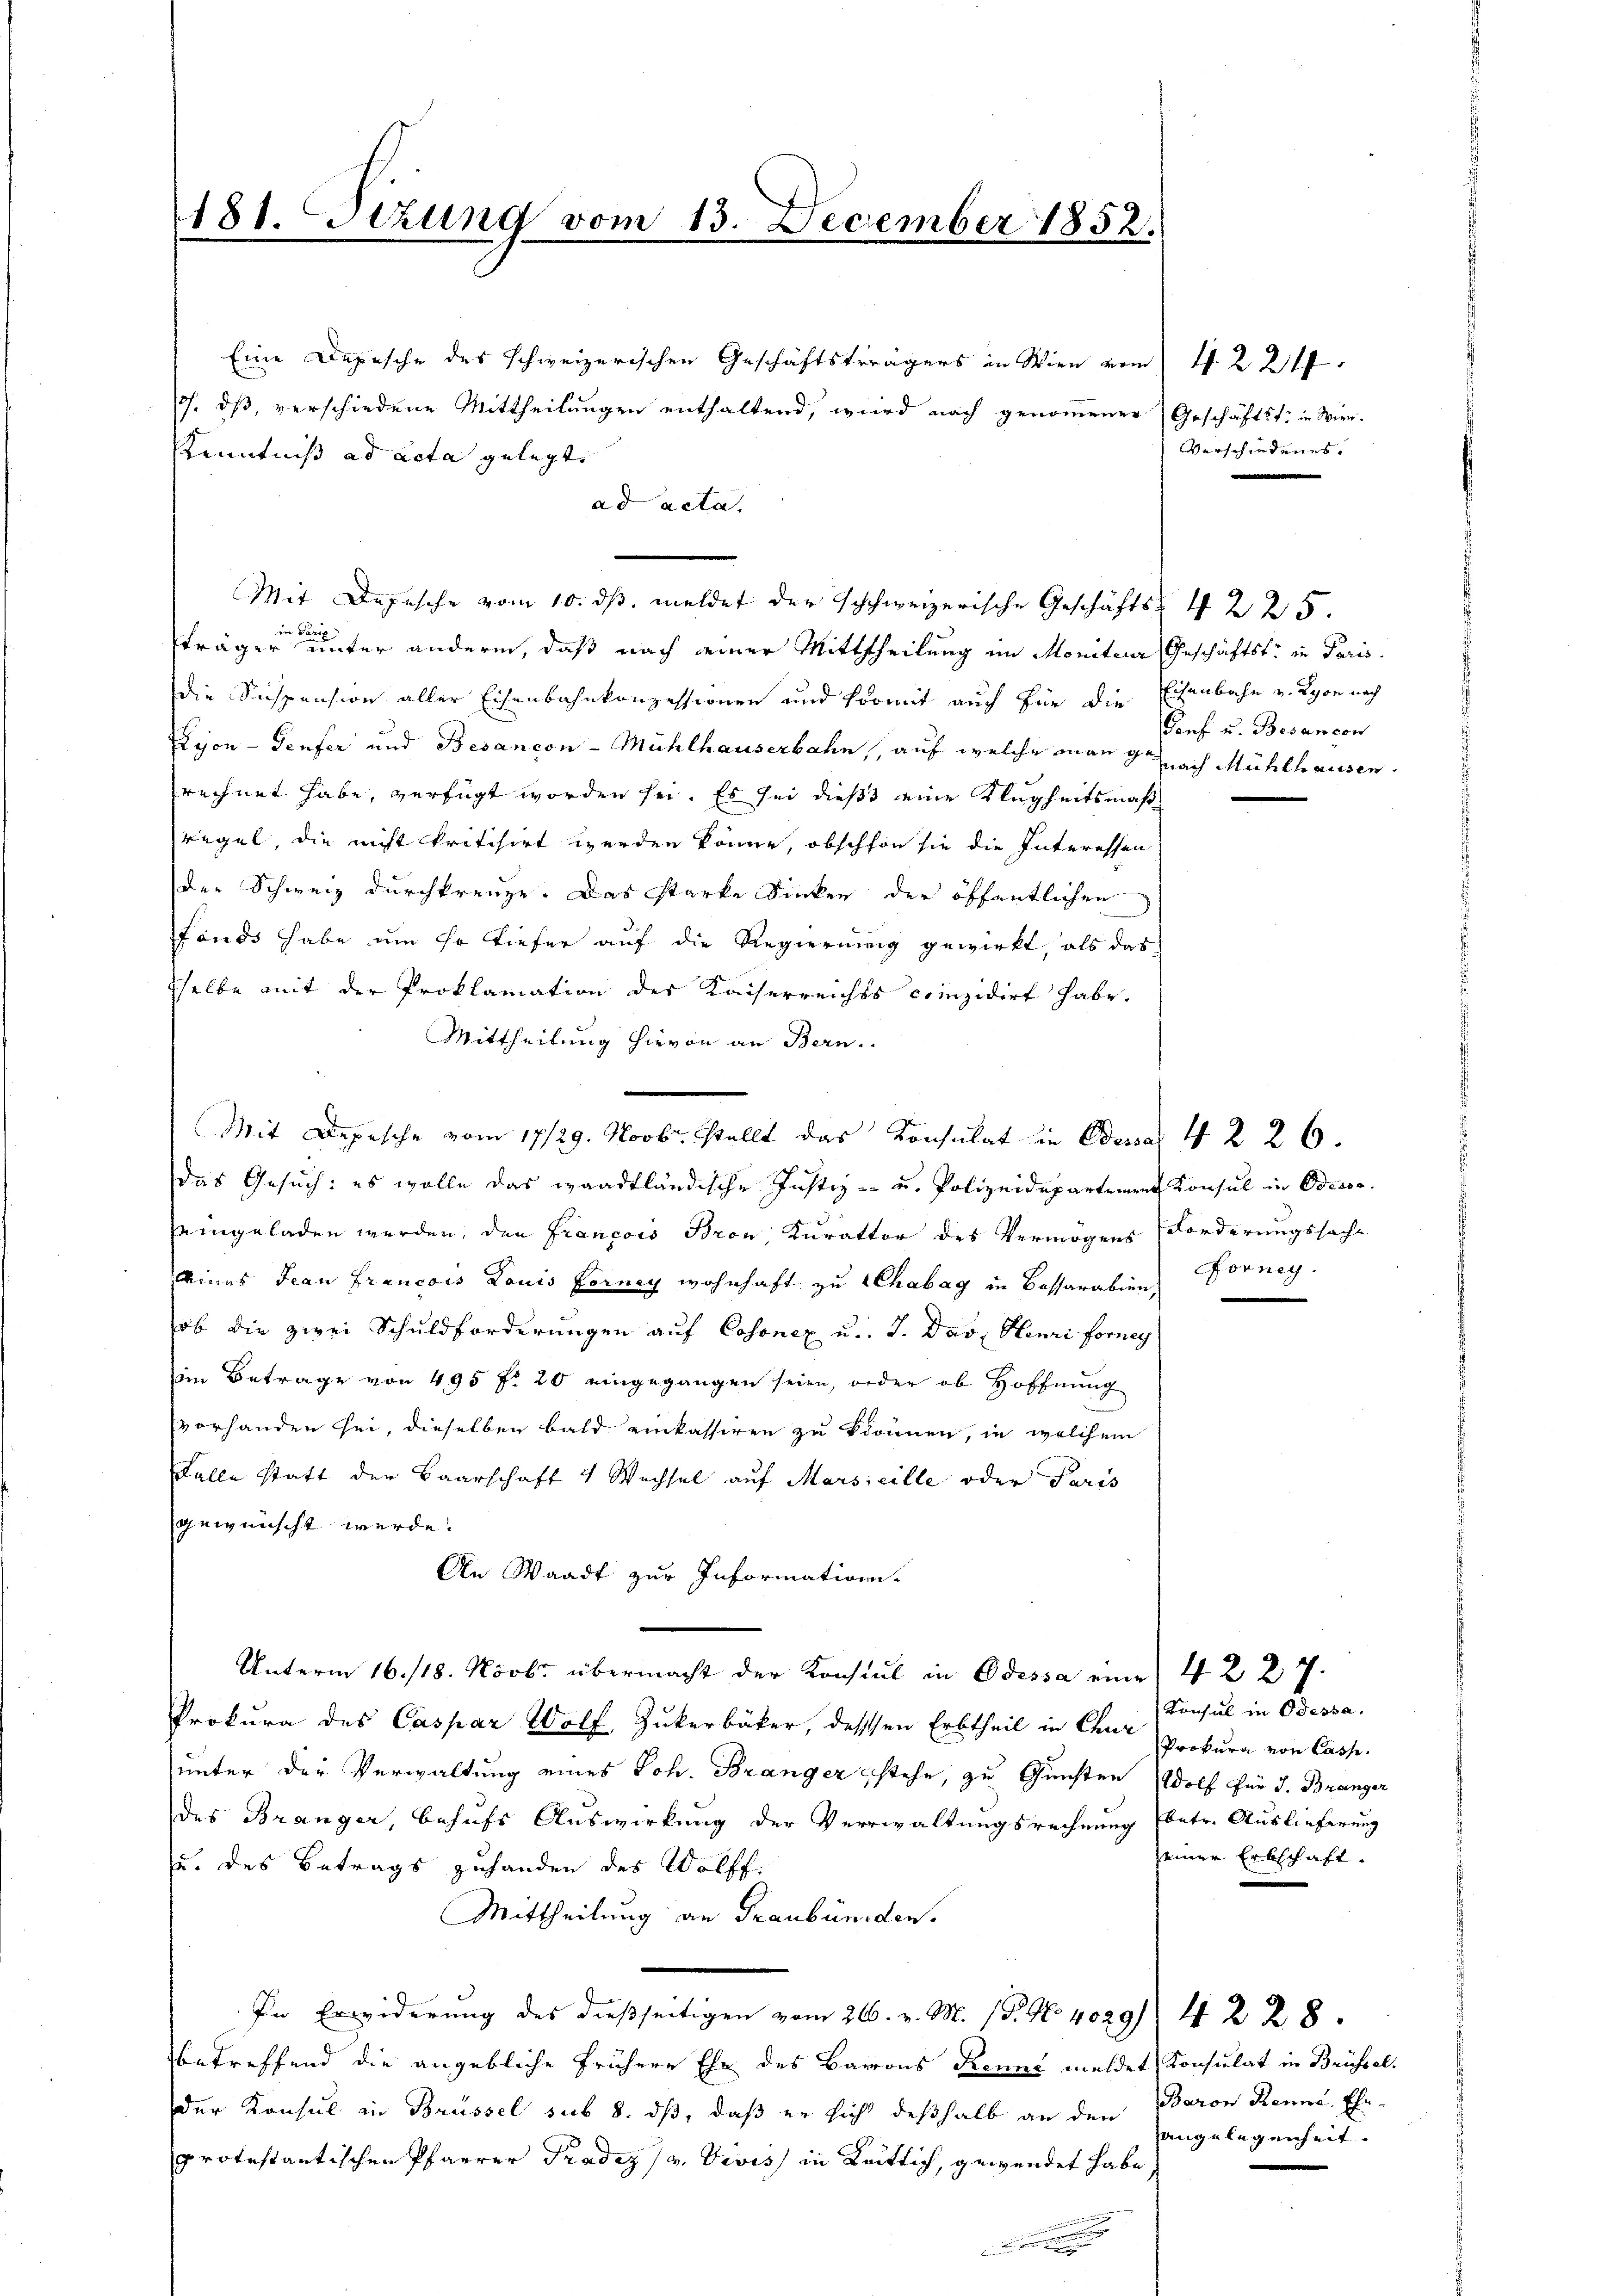
181. Sizung vom 13. December 1852.

Eine Depesche des schweizerischen Geschäftsträgers in Wien vom 4. 224
. dß, verschiedene Mittheilungen enthaltend, wird nach genommener Geschäftst, in Wien.
Kenntniß ad acta gelegt,
ad acta.
Mit Depesche vom 10. ds. meldet der schweizerische Geschäfts 4 225.
ere Paris
träger unter andern, daß nach einer Mittheilung im Moniterer Geschäftst in Paris.
die Suspension aller Eisenbahnkonzessionen und somit auch für die Eisenbahn u. Lyon nach
Lyon-Teufer und Besancen-Mühlhauserbahn, auf welche man nach Mühlhausen.
rechnet habe, verfügt worden sei. Es sei dieß eine Klugheitsmaßregel, die nicht kritisirt werden könne, obschon sie die Interessen
der Schweiz durchkreuze. Das starke Dinken der öffentlichen
Fonds habe um so tiefer auf die Regierung gewirkt, als das
sselbe mit der Proklamation des Kaiserreiches coizidirt habe.
Mittheilung hievon an Bern.
Das Gesuch: es wolle das waadtländische Justiz- u. Polizeidepartement Konsul in Odesso
eingeladen werden, den Francois Bron Kurator des Vermögens (Forderungssache
inas Jean Francois Louis Forney wohnhaft zu Chabag in Cassarabiens Forney.
ob die zwei Schuldforderungen auf Cosonex u.. J. Das Stenri forney
im Betrage von 495 f. 20 eingegangen seien, oder ob Hoffnung
vorhanden sei, dieselben bald einkassiren zu können, in welchem
Falle statt der Baarschaft 4 Wechsel auf Marseille oder Paris
gewünscht werde.
An Waadt zur Informations-
Unterm 16./18. Novbr übermacht der Konsul in Odessa eine 4 227.
Prokura des Caspar Wolf, Zukerbäcker, dessen Erbtheil in Cha-Consul in Odessa.
unter der Verwaltung eines Joh. Branger stehe, zu Gunsten Wolf für J. Branger
des Bränger, behufs Auswirkung der Verwaltungsrechnung (betr. Auslieferung
u. des Betrags zuhanden des Wolff.
Mittheilung an Graubünden.
In Erwiderung des dießseitigen vom 26. v. M. (T. No. 4029) 4 f 28
betreffend die angebliche frühere Ehe des Barons Renne meldet, Konsulat in Brüssel.
Der Konsul in Brüssel sub 8. dß, daß er sich deßhalb an den
protestantischen Pfarrer Pradez v. Divis in Leitlich, gewendet habe
.

Mit Depesche vom 17/29. Novbr. stellt das Konsulat in Bossa 42 26.

Verschiedenes.

Sief u. Besancon

Prokura von Cass
einer Erbschaft.

Baron Renne, Eheangelegenheit.